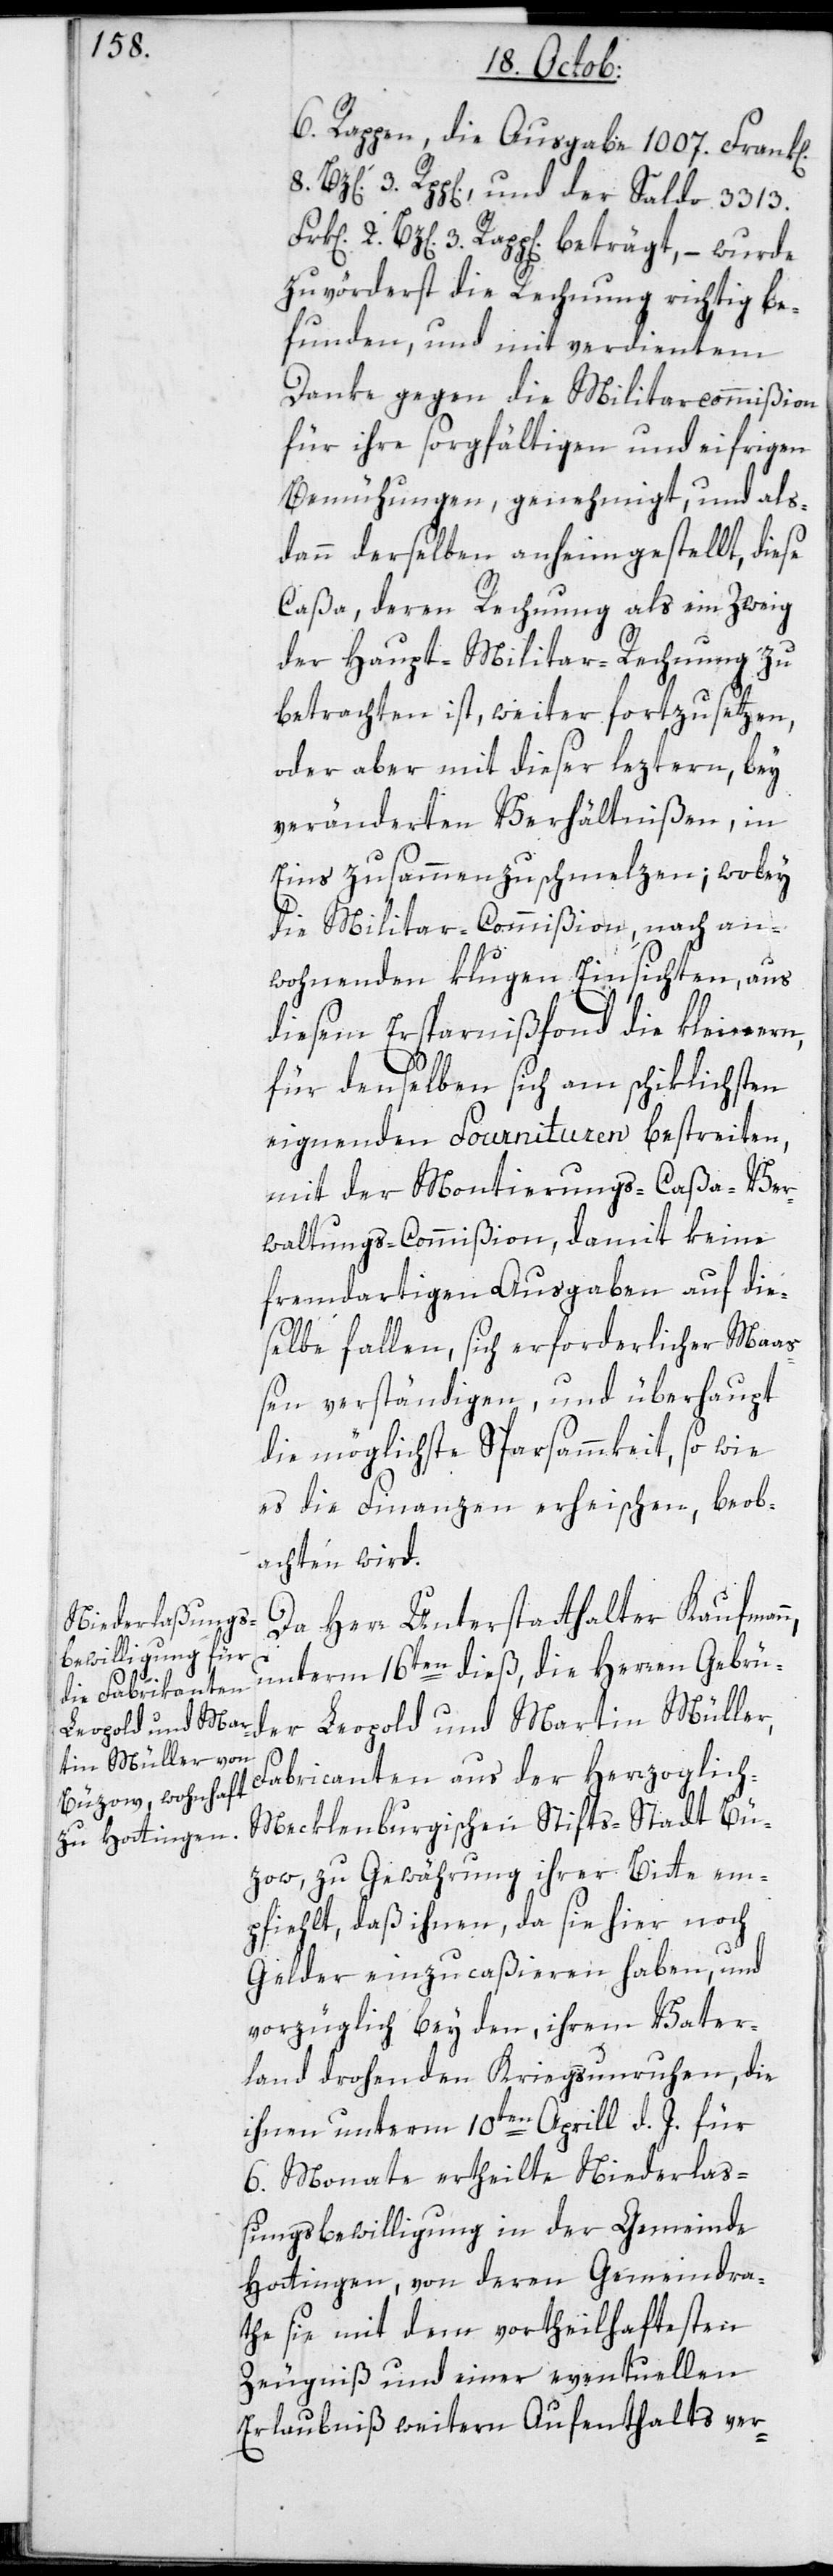
6. Rappen, die Ausgabe 1007. Frank[en]
3. R[appen] und der Saldo 3313.
B[atzen] 3. R[appen] beträgt, – wurde
zuvörderst die Rechnung richtig be¬
funden, und mit verdientem
Danke gegen die Militarcommißion
für ihre sorgfältigen und eifrigen
Bemühungen, genehmigt, und als¬
dann derselben anheimgestellt, diese
Caßa, deren Rechnung als ein Zweig
der Haupt-Militar-Rechnung zu
betrachten ist, weiter fortzusetzen,
oder aber mit dieser leztern, bey
veränderten Verhältnißen, in
Eins zusammen zu schmelzen; wobey
die Militar-Commißion, nach an¬
wohnenden klugen Einsichten, aus
diesem Ersparnißfonds die kleineren,
für denselben sich am schiklichsten
eignenden Fournituren bestreiten,
mit der Montierungs-Caßa-Ver¬
waltungs-Commißion, damit keine
fremdartigen Ausgaben auf die¬
selbe fallen, sich erforderlicher Ma¬
ßen verständigen, und überhaupt
die möglichste Sparsammkeit, so wie
es die Finanzen erheischen, beob¬
achten wird.
Da Herr Unterstatthalter Kaufmann
unterm 16ten dieß, die Herren Gebrü¬
der Leopold und Martin Müller,
Fabricanten aus der herzoglic¬
h-meklenburgischen Stifts-Stadt Bü¬
zow, zu Gewährung ihrer Bitte em¬
pfiehlt, daß ihnen, da sie hier noch
Gelder einzucaßieren haben, und
vorzüglich bey den, ihrem Vater¬
land drohenden Kriegsunruhen, die
ihnen unterm 10ten Aprill d. J. für
6. Monate ertheilte Niederlaß¬
ungsbewilligung in der Gemeinde
Hottingen, von deren Gemeindra¬
the sie mit dem vortheilhaftesten
Zeugniß und einer eventuellen
Erlaubniß weitern Aufenthalts ver-